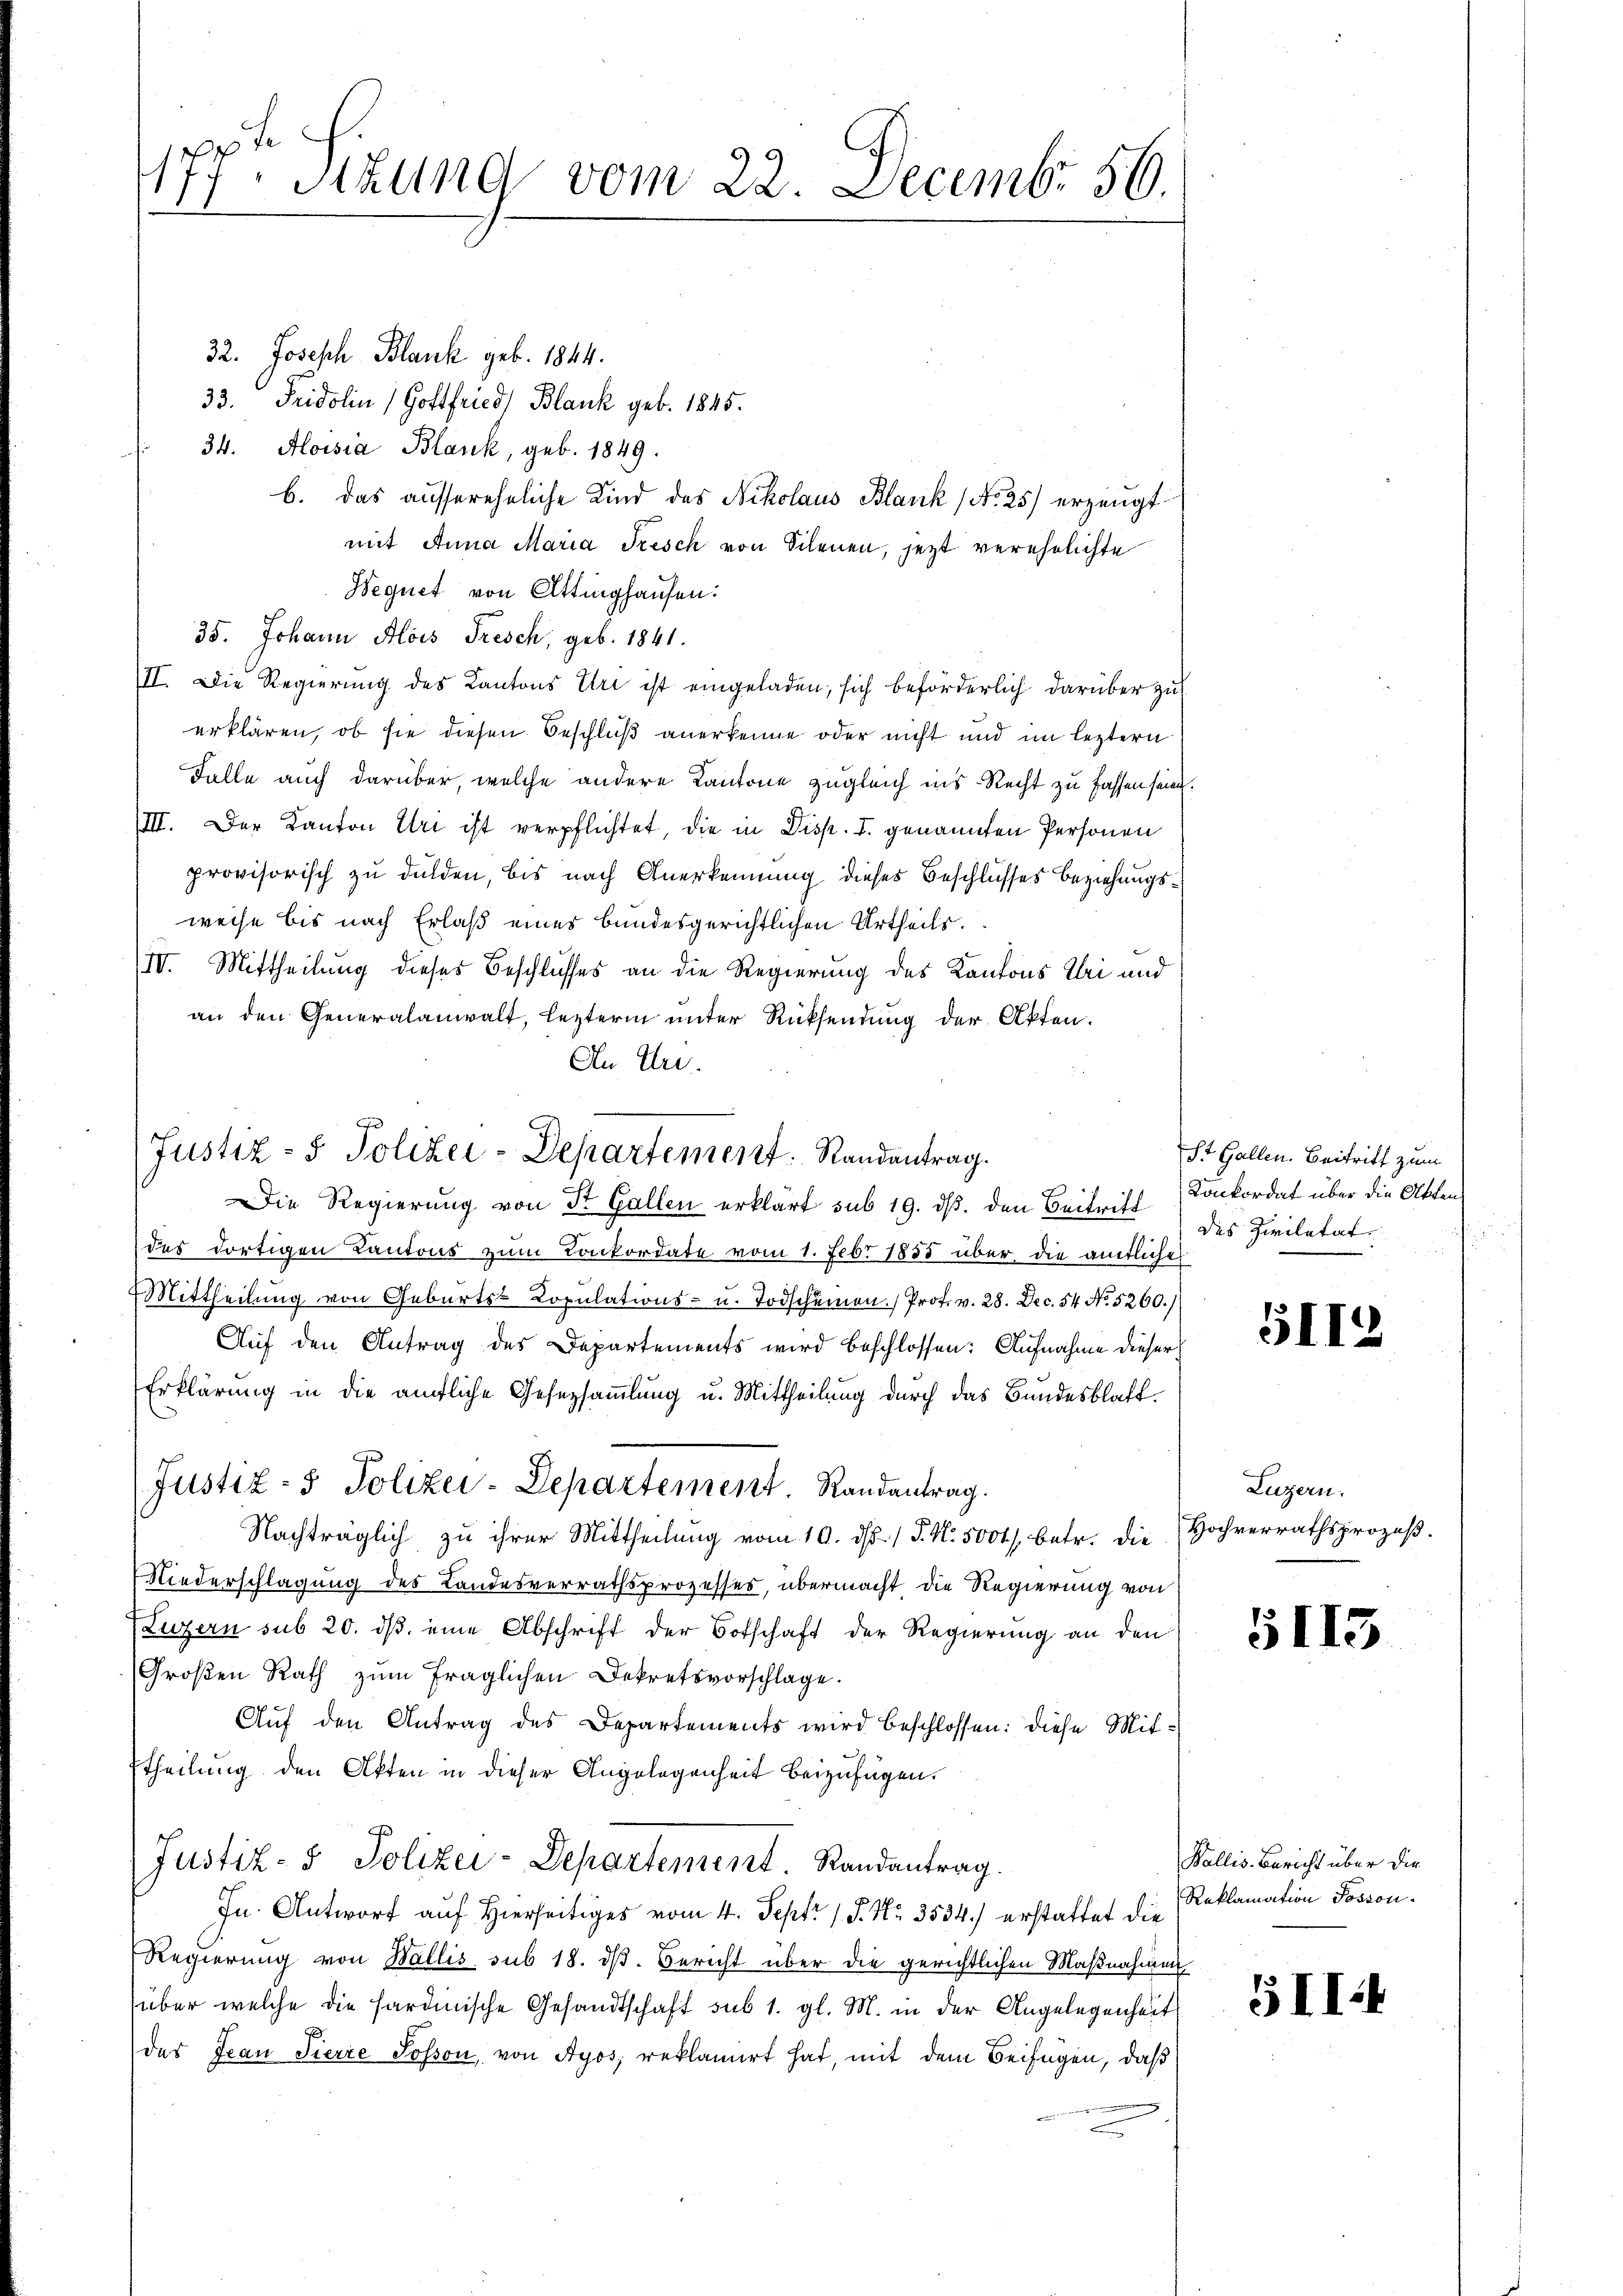
177. Sitzung vom 22. Decembr 56.

32. Joseph Blank geb. 1844.
33. Fridolin Gottfried Blank geb. 1845.
34. Aloisia Blank, geb. 1849.
b. das aussereheliche Kind des Nikolaus Blank (No 25) erzeugt
mit Anna Maria Frisch von Silenen, jetzt verehelichte
Wequet von Ottinghausen:
35. Johann Alois Tresch, geb. 1841.
II. Die Regierung des Kantons Uri ist eingeladen, sich beförderlich darüber zu
erklären, ob sie diesen Beschluß anerkenne oder nicht und im leztern
Falle auch darüber, welche andere Kantone zugleich ins Recht zu fassen seien.
III. Der Kanton Uri ist verpflichtet, die in Disp. I. genannten Personen
provisorisch zu dulden, bis nach Anerkennung dieses Beschlusses Beziehungsweise bis nach Erlaß eines bundesgerichtlichen Urtheils.
IV. Mittheilung dieses Beschlusses an die Regierung des Kantons Klei und
an den Generalanwalt, leztern unter Rücksendung der Akten.
An Uri.
des dortigen Kantons zum Konkordate vom 1. Febr 1855 über die amtliche
Mittheilung von Geburts- Copulations- u. Todschumnen. Prof. v. 28. Dec. 54 No. 5260.)
Auf den Antrag des Departements wird beschlossen: Aufnahme dieser
Erklärung in die amtliche Gesetzsammlung u. Mittheilung durch das Bundesblatt¬
Justiz- & Polizei-Departement. Randantrag.
Nachträglich, zu ihrer Mittheilung vom 10. ds. / P. Nr. 5000. betr. die
Niederschlagung des Landesverrathsprozesses, übermacht die Regierung von
(Luzern sub 20. dβ eine Abschrift der Botschaft der Regierung an den
Groβen Rath zŭm fraglichen Dekretsvorschlage.
Auf den Antrag des Departements wird beschlossen: diese Mitttheilung den Akten in dieser Angelegenheit beizufügen.
Justiz- & Polizei-Departement. Randantrag.
Jn Antwort auf Hierseitiges vom 4. Sept. 1 P. Nr. 3534.) erstattet die Reklamation Posson¬
Regierung von Wallis sub 18. dβ. Bericht über die gerichtlichen Maßnahmen
über welche die sardinische Gesandtschaft sub 1. gl. M. in der Angelegenheits
des Jean Fierze Posson, von Nyos; reklamirt hat, mit dem Beifügen, daß

n
Justiz- & Polizei-Departement. Randentrag.
Die Regierung von St. Gallen erklärt sub 19. ds. den Beitriff Konkordat über die Akten

St. Gallen. Beitritt zum
des Zivilatat

5II2

Luzern.
Hochverrathsprozeß.

5113

Wallis. Bericht über die

G II 4